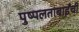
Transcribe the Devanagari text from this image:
पुष्पलताबाईंची